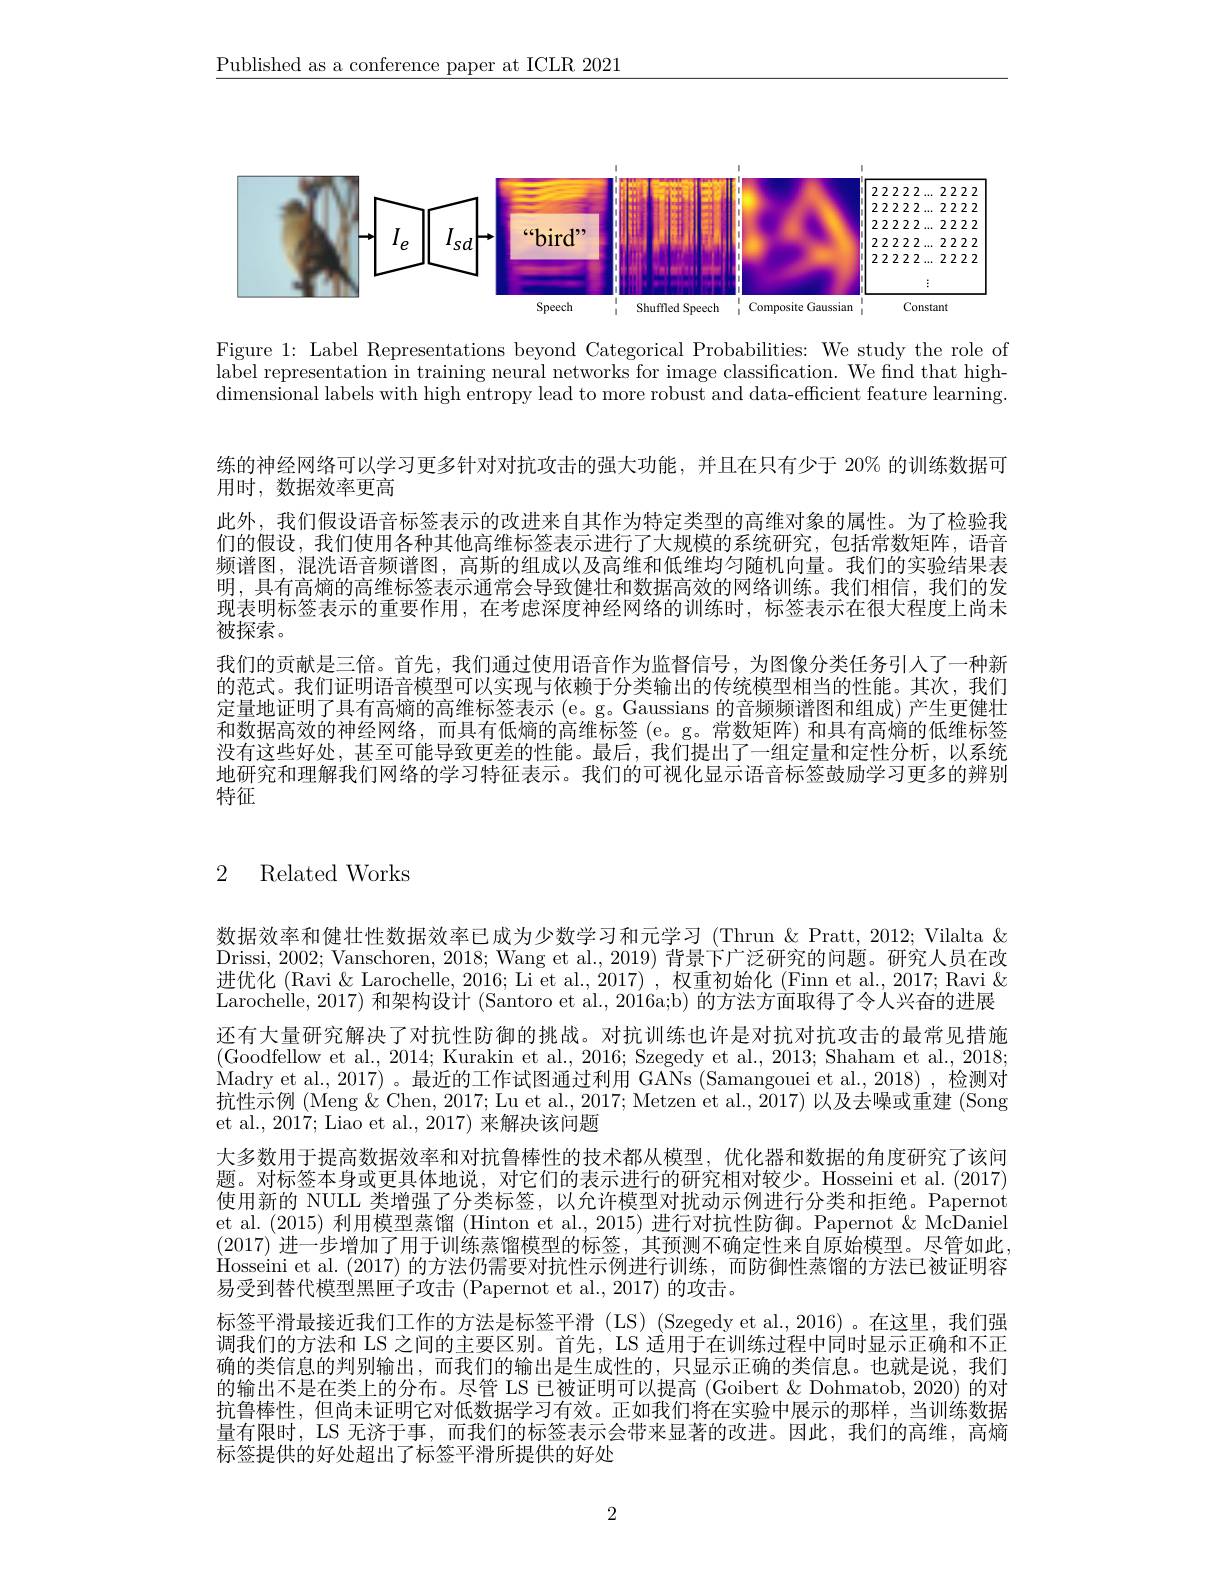
$\underline{\text{Published as a conference paper at ICLR 2021}}$

<FigureHere>

Figure 1: Label Representations beyond Categorical Probabilities: We study the role of label representation in training neural networks for image classification. We find that high- $\hat{\text{dimensional labels with high entropy lead to more robust and data-efficient feature learning}}.$

练的神经网络可以学习更多针对对抗攻击的强大功能，并且在只有少于 20% 的训练数据可
用时，数据效率更高
此外，我们假设语音标签表示的改进来自其作为特定类型的高维对象的属性。为了检验我们的假设，我们使用各种其他高维标签表示进行了大规模的系统研究，包括常数矩阵，语音频谱图，混洗语音频谱图，高斯的组成以及高维和低维均匀随机向量。我们的实验结果表明，具有高熵的高维标签表示通常会导致健壮和数据高效的网络训练。我们相信，我们的发现表明标签表示的重要作用，在考虑深度神经网络的训练时，标签表示在很大程度上尚未被探索。
我们的贡献是三倍。首先，我们通过使用语音作为监督信号，为图像分类任务引人了一种新的范式。我们证明语音模型可以实现与依赖于分类输出的传统模型相当的性能。其次，我们定量地证明了具有高熵的高维标签表示(e。g。Gaussians 的音频频谱图和组成)产生更健壮和数据高效的神经网络，而具有低熵的高维标签(e。g。常数矩阵)和具有高熵的低维标签没有这些好处，甚至可能导致更差的性能。最后，我们提出了一组定量和定性分析，以系统地研究和理解我们网络的学习特征表示。我们的可视化显示语音标签鼓励学习更多的辨别特征

# 2 Related Works

数据效率和健壮性数据效率已成为少数学习和元学习 (Thrun &Pratt, 2012; Vilalta & Drissi, 2002; Vanschoren, 2018; Wang et al., 2019) 背景下广泛研究的问题。研究人员在改进优化 (Ravi & Larochelle, 2016; Li et al., 2017) , 权重初始化 (Finn et al., 2017; Ravi & Larochelle, 2017) 和架构设计 (Santoro et al., 2016a;b) 的方法方面取得了令人兴奋的进展还有大量研究解决了对抗性防御的挑战。对抗训练也许是对抗对抗攻击的最常见措施(Goodfellow et al., 2014; Kurakin et al., 2016; Szegedy et al., 2013; Shaham et al., 2018; Madry et al. , 2017) 。最 近 的 工 作 试 图 通 过 利 用 GANs (Samangouei et al.,2018),检测对抗性示例 (Meng & Chen, 2017; Lu et al., 2017; Metzen et al., 2017) 以及去噪或重建 (Song et al., 2017; Liao et al., 2017) 来解决该问题
大多数用于提高数据效率和对抗鲁棒性的技术都从模型，优化器和数据的角度研究了该问题。对标签本身或更具体地说，对它们的表示进行的研究相对较少。Hosseini et al. (2017) 使用新的 NULL 类增强了分类标签，以允许模型对扰动示例进行分类和拒绝。Papernot et al. (2015) 利用模型蒸馏 (Hinton et al., 2015) 进行对抗性防御。Papernot &McDaniel (2017)进一步增加了用于训练蒸馏模型的标签，其预测不确定性来自原始模型。尽管如此Hosseini et al. ( 2017) 的方法仍需要对抗性示例进行训练，而防御性蒸馏的方法已被证明容易受到替代模型黑匣子攻击 (Papernot et al., 2017) 的攻击。
标签平滑最接近我们工作的方法是标签平滑 (LS) (Szegedy et al.,2016) 。在这里，我们强调我们的方法和 LS 之间的主要区别。首先，LS 适用于在训练过程中同时显示正确和不正确的类信息的判别输出，而我们的输出是生成性的，只显示正确的类信息。也就是说，我们的输出不是在类上的分布。尽管 LS 已被证明可以提高 (Goibert &Dohmatob, 2020) 的对抗鲁棒性，但尚未证明它对低数据学习有效。正如我们将在实验中展示的那样，当训练数据量有限时，LS 无济于事，而我们的标签表示会带来显著的改进。因此，我们的高维，高熵标签提供的好处超出了标签平滑所提供的好处

2